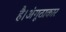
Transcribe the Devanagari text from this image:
है।अंगूठाकार